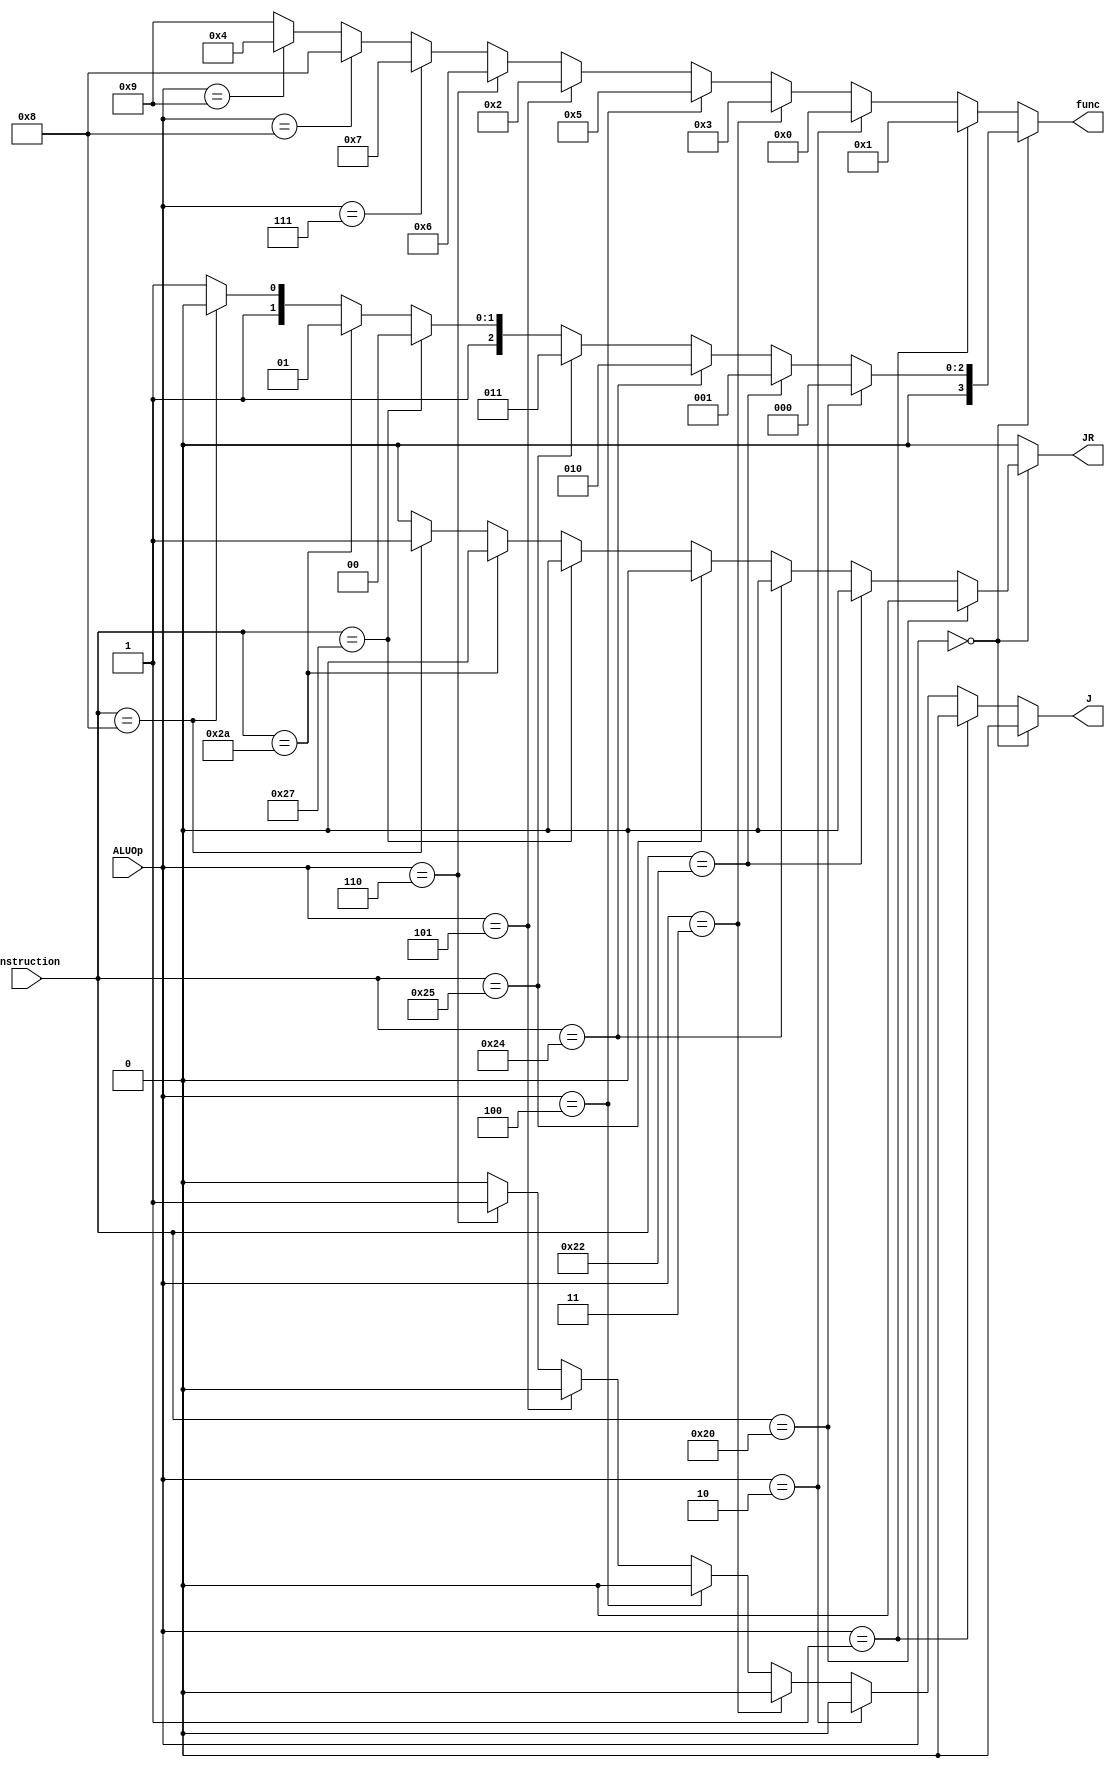
`timescale 1ns / 1ns

module ALU_control(
	 input [5:0] instruction,
	 input [3:0] ALUOp,
	 output reg [3:0] func,
	 output reg JR,
	 output reg J
    );

 always @(*) begin
	if (ALUOp == 4'b0000) begin
		if (instruction == 6'h20) begin
            func = 4'd0;
            JR = 1'b0;
            J = 1'b0;
		end else if (instruction == 6'h22) begin
            func = 4'd1;
            JR = 1'b0;
            J = 1'b0;
		end else if (instruction == 6'h24) begin
            func = 4'd2;
            JR = 1'b0;
            J = 1'b0;
		end else if (instruction == 6'h25) begin
            func = 4'd3;
            JR = 1'b0;
            J = 1'b0;
		end else if (instruction == 6'h27) begin
            func = 4'd4;
            JR = 1'b0;
            J = 1'b0;
	    end else if (instruction == 6'h2a) begin
            func = 4'd5;
            JR = 1'b0;
            J = 1'b0;
	    end else if (instruction == 6'h08) begin
            func = 4'd6;
            JR = 1'b1;
            J = 1'b0;
	    end else begin
            func = 4'd7;
            JR = 1'b0;
            J = 1'b0;
	end end else if (ALUOp == 4'b0001) begin   // branch/sub/subi
		func = 4'd1;
		JR = 1'b0;
        J = 1'b0;
	end else if (ALUOp == 4'b0010) begin   // mov/addi
		func = 4'd0;
		JR = 1'b0;
        J = 1'b0;
    end else if (ALUOp == 4'b0011) begin    // ori
        func = 4'd3;
		JR = 1'b0;
        J = 1'b0;
    end else if (ALUOp == 4'b0100) begin    // slti
        func = 4'd5;
		JR = 1'b0;
        J = 1'b0;
    end else if (ALUOp == 4'b0101) begin    // andi
        func = 4'd2;
		JR = 1'b0;
        J = 1'b0;
    end else if (ALUOp == 4'b0110) begin    // j
        func = 4'd6;
		JR = 1'b0;
        J = 1'b1;
    end else if (ALUOp == 4'b0111) begin    // bne
        func = 4'd7;
		JR = 1'b0;
        J = 1'b0;
    end else if (ALUOp == 4'b1000) begin    // lui
        func = 4'd8;
		JR = 1'b0;
        J = 1'b0;
    end else if (ALUOp == 4'b1001) begin    // not
        func = 4'd4;
		JR = 1'b0;
        J = 1'b0;
	end else begin
		func = 4'd9;
		JR = 1'b0;
        J = 1'b0;
	end
   end


endmodule